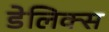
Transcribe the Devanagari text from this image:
डेलिक्स